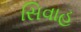
સિવાહ